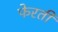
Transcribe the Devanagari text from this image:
फेरती